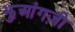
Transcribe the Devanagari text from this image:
झुआंगज़ी